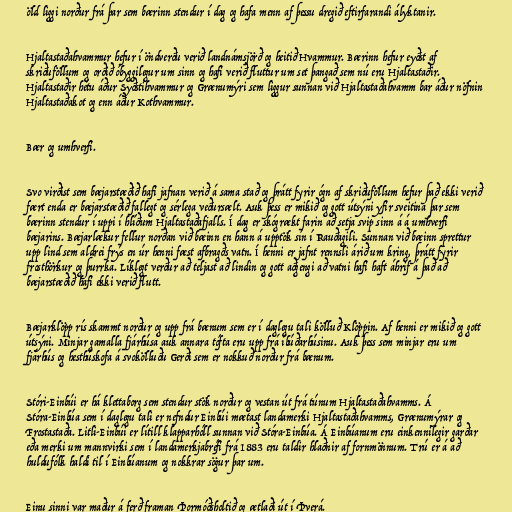
öld liggi norður frá þar sem bærinn stendur í dag og hafa menn af þessu dregið eftirfarandi ályktanir.

Hjaltastaðahvammur hefur í öndverðu verið landnámsjörð og heitið Hvammur. Bærinn hefur eyðst af
skriðuföllum og orðið óbyggilegur um sinn og hafi verið fluttur um set þangað sem nú eru Hjaltastaðir.
Hjaltastaðir hétu áður Syðstihvammur og Grænumýri sem liggur sunnan við Hjaltastaðahvamm bar áður nöfnin
Hjaltastaðakot og enn áður Kothvammur.

Bær og umhverfi.

Svo virðist sem bæjarstæðið hafi jafnan verið á sama stað og þrátt fyrir ógn af skriðuföllum hefur það ekki verið
fært enda er bæjarstæðið fallegt og sérlega veðursælt. Auk þess er mikið og gott útsýni yfir sveitina þar sem
bærinn stendur í uppi í hlíðum Hjaltastaðafjalls. Í dag er skógrækt farin að setja svip sinn á á umhverfi
bæjarins. Bæjarlækur fellur norðan við bæinn en hann á upptök sín í Rauðagili. Sunnan við bæinn sprettur
upp lind sem aldrei frýs en úr henni fæst afbragðs vatn. Í henni er jafnt rennsli árið um kring, þrátt fyrir
frosthörkur og þurrka. Líklegt verður að teljast að lindin og gott aðgengi að vatni hafi haft áhrif á það að
bæjarstæðið hafi ekki verið flutt.

Bæjarklöpp rís skammt norður og upp frá bænum sem er í daglegu tali kölluð Klöppin. Af henni er mikið og gott
útsýni. Minjar gamalla fjárhúsa auk annara tófta eru upp frá íbúðarhúsinu. Auk þess sem minjar eru um
fjárhús og hesthúskofa á svokölluðu Gerði sem er nokkuð norður frá bænum.

Stóri-Einbúi er há klettaborg sem stendur stök norður og vestan út frá túnum Hjaltastaðahvamms. Á
Stóra-Einbúa sem í daglegu tali er nefndur Einbúi mætast landamerki Hjaltastaðahvamms, Grænumýrar og
Frostastaða. Litli-Einbúi er lítill klapparhóll sunnan við Stóra-Einbúa. Á Einbúanum eru einkennilegir garðar
eða merki um mannvirki sem í landamerkjabréfi frá 1883 eru taldir hlaðnir af fornmönnum. Trú er á að
huldufólk haldi til í Einbúanum og nokkrar sögur þar um.

Einu sinni var maður á ferð framan Þormóðsholtið og ætlaði út í Þverá.